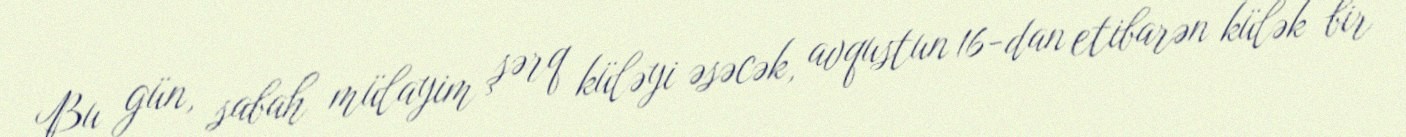
Bu gün, sabah mülayim şərq küləyi əsəcək, avqustun 16-dan etibarən külək bir